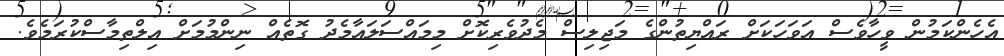
އެހެންކަމުން ވީހާވެސް އަވަހަކަށް ރައްޔިތުންގެ މަޖިލިސް މެދުވެރިކޮށް މިމައްސަލައާމެދު ގޮތެއް ނިންމުމަށް އިލްތިމާސްކުރަމެވެ.